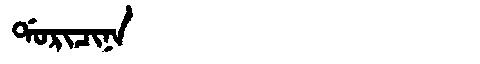
Manchu: ᡩᠣᡵᡳᠴᡳᠨᠠ
Romanization: DORICINA